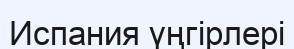
Испания үңгірлері